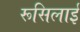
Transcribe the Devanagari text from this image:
रूसिलाई